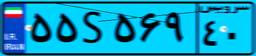
۴۳S۰۷۹۶۵